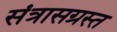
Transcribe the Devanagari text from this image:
संत्रासग्रस्त